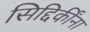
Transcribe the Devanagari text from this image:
सिद्दिकींना